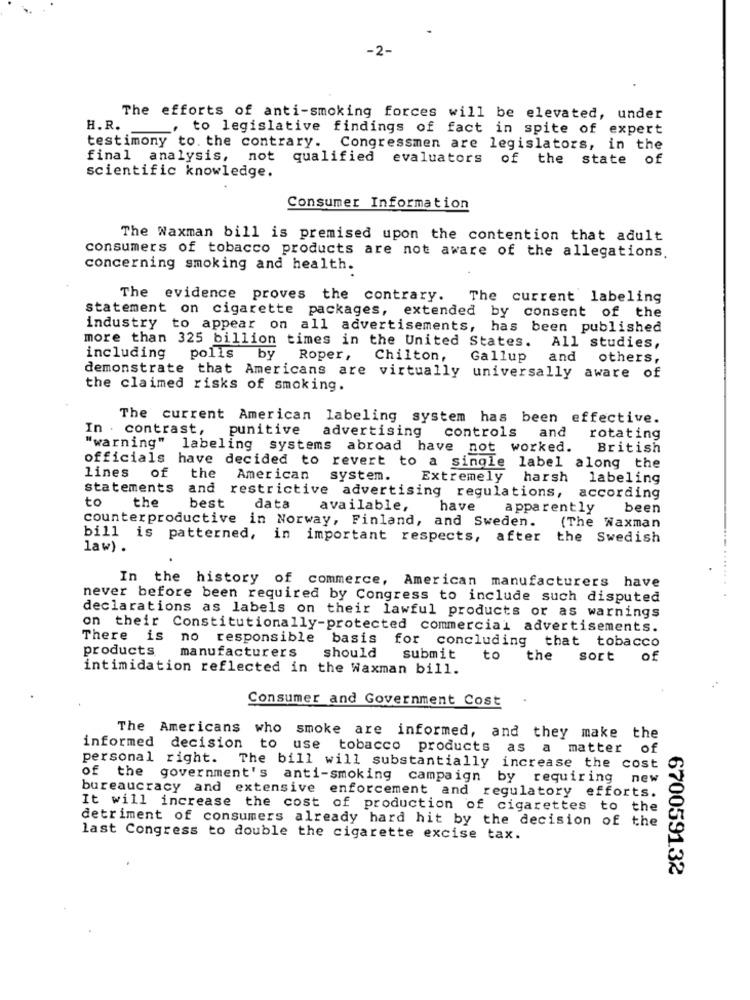
-2-
The efforts of anti-smoking forces will be elevated, under
H.R.
to legislative findings of fact in spite of expert
testimony to. the contrary. Congressmen are legislators, in the
final analysis, not qualified evaluators of the state of
scientific knowledge.
Consumer Information
The Waxman bill is premised upon the contention that adult
consumers of tobacco products are not aware of the allegations.
concerning smoking and health.
The evidence proves the contrary.
The current labeling
statement on cigarette packages, extended by consent of the
industry to appear on all advertisements, has been published
more than 325 billion times in the United States.
All studies,
including polis by
Roper ,
Chilton,
Gallup
and
others,
demonstrate that Americans are virtually universally
aware of
the claimed risks of smoking.
The current American labeling system has been effective.
In . contrast,
punitive
advertising
controls
and
rotating
"warning" labeling systems abroad have not worked.
British
officials have decided to revert to a single label along the
lines
of
the
American
system.
Extremely
harsh
labeling
statements
to
the
and restrictive advertising regulations, according
best
data
available,
have
apparently
been
counterproductive in Norway, Finland, and Sweden.
(The Waxman
bill is patterned, in important respects, after the Swedish
law) .
In the history of commerce, American manufacturers have
........
never before been required by Congress to include such disputed
declarations as labels on their lawful products or as warnings
on their Constitutionally-protected commercial advertisements.
There is no responsible basis
products
for concluding that tobacco
manufacturers
should
submit
to
the
sort
Of
intimidation reflected in the Waxman bill.
Consumer and Government Cost
The Americans who smoke are informed, and they make the
informed decision to use tobacco products as a matter of
personal right. The bill will substantially increase the cost
of the government's anti-smoking campaign by requiring new
bureaucracy and extensive enforcement and regulatory efforts.
It will increase the cost of production of cigarettes to the
detriment of consumers already hard hit by the decision of the
last Congress to double the cigarette excise tax.
6700591.32